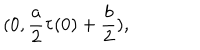
( 0 , \frac { a } { 2 } \tau ( 0 ) + \frac { b } { 2 } ) ,